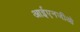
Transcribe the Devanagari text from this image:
आईएनजीओ